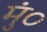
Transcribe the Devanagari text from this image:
मुं०